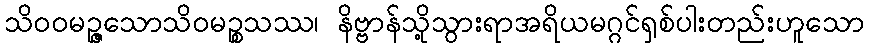
သိဝဝမဉ္ဇသောသိဝမဉ္စသဿ၊ နိဗ္ဗာန်သို့သွားရာအရိယမဂ္ဂင်ရှစ်ပါးတည်းဟူသော